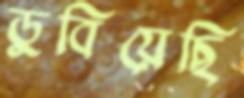
ডুবিয়েছি